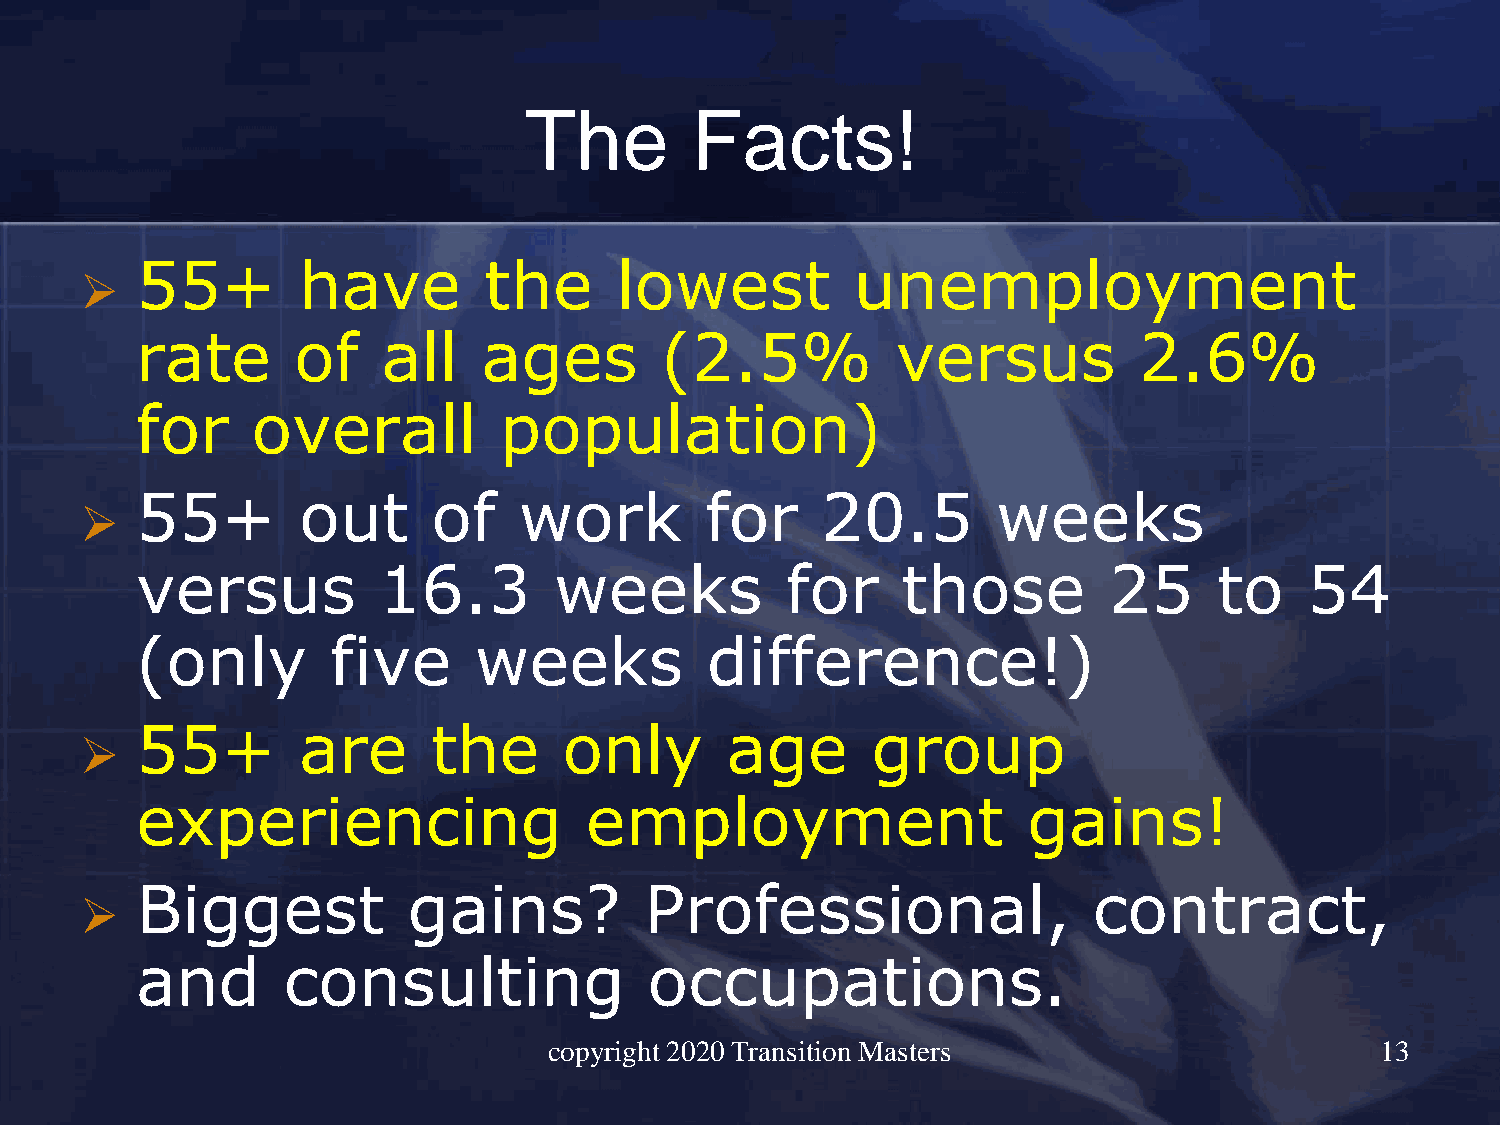
The        Facts!
 55+        have        the      lowest          unemployment
 ➢
 rate      of    all    ages        (2.5%          versus          2.6%
 for     overall         population)
 55+        out      of   work         for    20.5        weeks
 ➢
 versus          16.3        weeks          for     those        25      to    54
 (only        five     weeks           difference!)
 55+        are      the     only       age       group
 ➢
 experiencing                  employment                   gains!
 Biggest           gains?          Professional,                contract,
 ➢
 and       consulting              occupations.
 copyright 2020 Transition Masters                      13